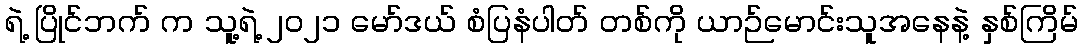
ရဲ့ ပြိုင်ဘက် က သူ့ရဲ့ ၂၀၂၁ မော်ဒယ် စံပြနံပါတ် တစ်ကို ယာဉ်မောင်းသူအနေနဲ့ နှစ်ကြိမ်